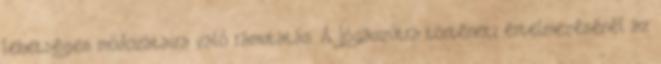
lehetséges módozataira való rámutatás. A Jógaszútra történeti értelmezésénél az